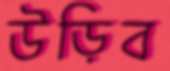
উড়িব